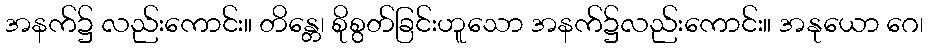
အနက်၌ လည်းကောင်း။ တိန္တေ၊ စိုစွတ်ခြင်းဟူသော အနက်၌လည်းကောင်း။ အနုယော ဂေ၊